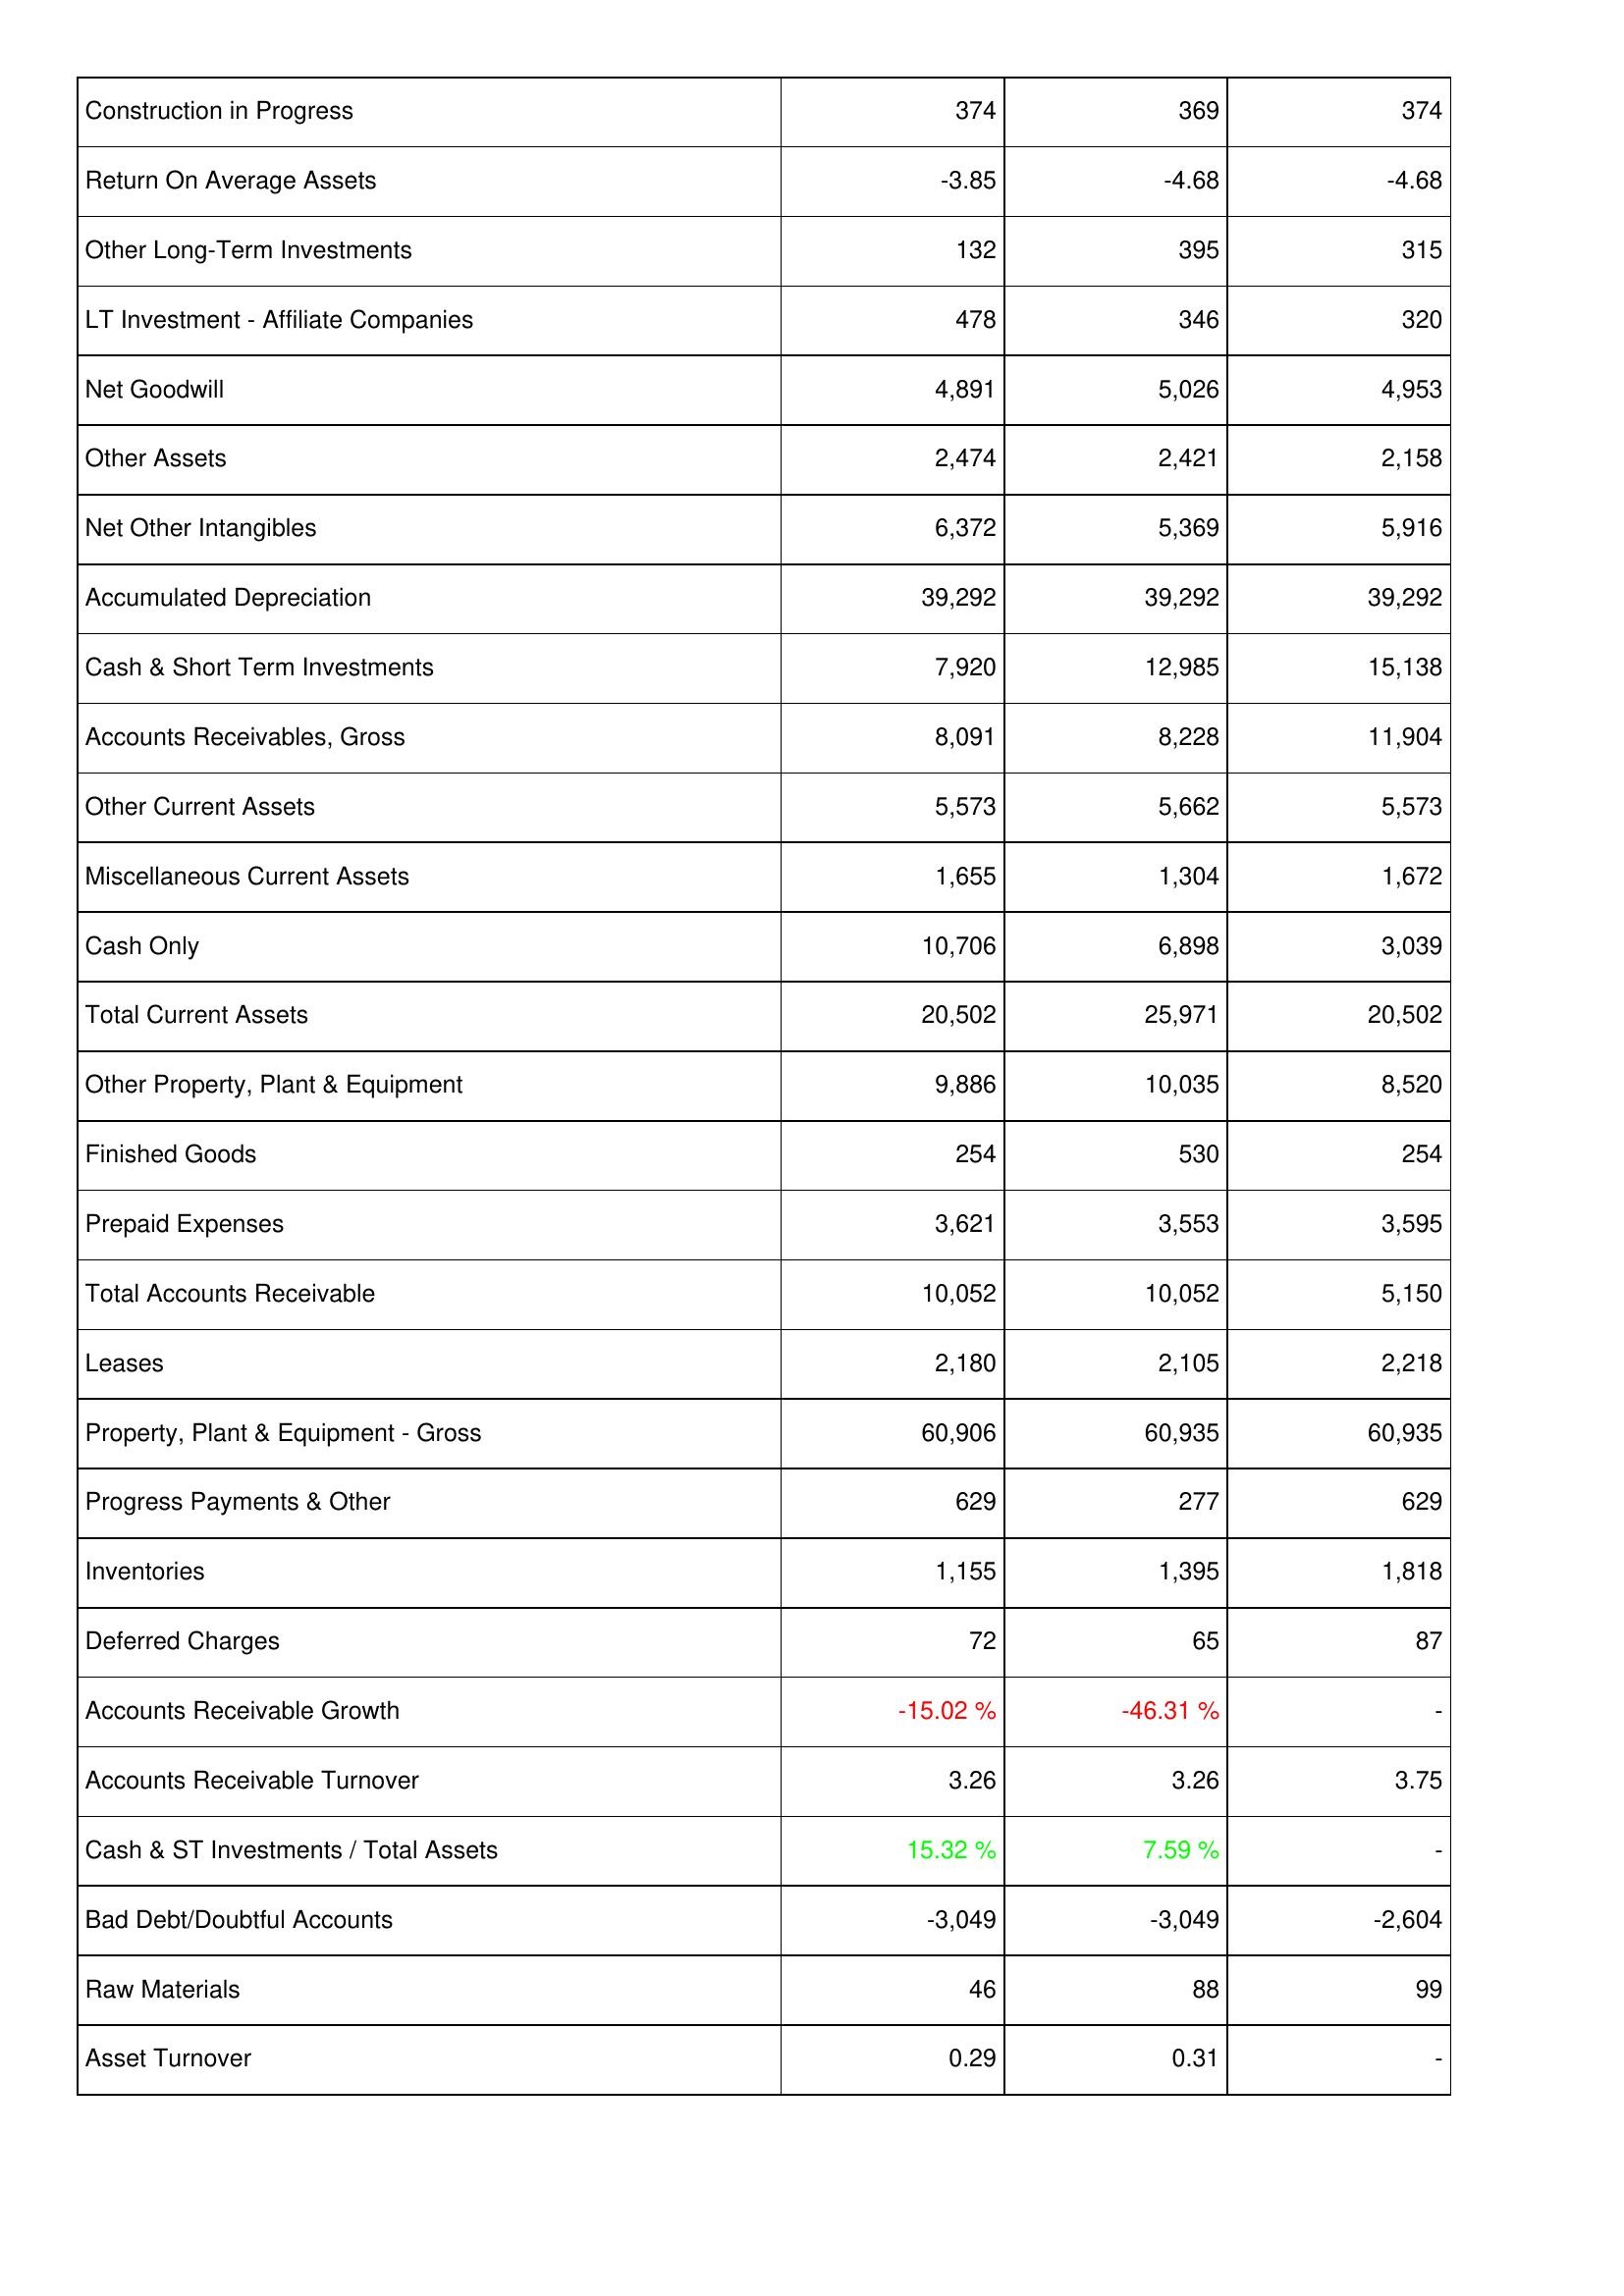
2012: Assets: Construction in Progress: 374
Return On Average Assets: -3.85
Other Long-Term Investments: 132
LT Investment - Affiliate Companies: 478
Net Goodwill: 4,891
Other Assets: 2,474
Net Other Intangibles: 6,372
Accumulated Depreciation: 39,292
Cash & Short Term Investments: 7,920
Accounts Receivables, Gross: 8,091
Other Current Assets: 5,573
Miscellaneous Current Assets: 1,655
Cash Only: 10,706
Total Current Assets: 20,502
Other Property, Plant & Equipment: 9,886
Finished Goods: 254
Prepaid Expenses: 3,621
Total Accounts Receivable: 10,052
Leases: 2,180
Property, Plant & Equipment - Gross: 60,906
Progress Payments & Other: 629
Inventories: 1,155
Deferred Charges: 72
Accounts Receivable Growth: -15.02 %
Accounts Receivable Turnover: 3.26
Cash & ST Investments / Total Assets: 15.32 %
Bad Debt/Doubtful Accounts: -3,049
Raw Materials: 46
Asset Turnover: 0.29
2013: Assets: Construction in Progress: 369
Return On Average Assets: -4.68
Other Long-Term Investments: 395
LT Investment - Affiliate Companies: 346
Net Goodwill: 5,026
Other Assets: 2,421
Net Other Intangibles: 5,369
Accumulated Depreciation: 39,292
Cash & Short Term Investments: 12,985
Accounts Receivables, Gross: 8,228
Other Current Assets: 5,662
Miscellaneous Current Assets: 1,304
Cash Only: 6,898
Total Current Assets: 25,971
Other Property, Plant & Equipment: 10,035
Finished Goods: 530
Prepaid Expenses: 3,553
Total Accounts Receivable: 10,052
Leases: 2,105
Property, Plant & Equipment - Gross: 60,935
Progress Payments & Other: 277
Inventories: 1,395
Deferred Charges: 65
Accounts Receivable Growth: -46.31 %
Accounts Receivable Turnover: 3.26
Cash & ST Investments / Total Assets: 7.59 %
Bad Debt/Doubtful Accounts: -3,049
Raw Materials: 88
Asset Turnover: 0.31
2014: Assets: Construction in Progress: 374
Return On Average Assets: -4.68
Other Long-Term Investments: 315
LT Investment - Affiliate Companies: 320
Net Goodwill: 4,953
Other Assets: 2,158
Net Other Intangibles: 5,916
Accumulated Depreciation: 39,292
Cash & Short Term Investments: 15,138
Accounts Receivables, Gross: 11,904
Other Current Assets: 5,573
Miscellaneous Current Assets: 1,672
Cash Only: 3,039
Total Current Assets: 20,502
Other Property, Plant & Equipment: 8,520
Finished Goods: 254
Prepaid Expenses: 3,595
Total Accounts Receivable: 5,150
Leases: 2,218
Property, Plant & Equipment - Gross: 60,935
Progress Payments & Other: 629
Inventories: 1,818
Deferred Charges: 87
Accounts Receivable Growth: -
Accounts Receivable Turnover: 3.75
Cash & ST Investments / Total Assets: -
Bad Debt/Doubtful Accounts: -2,604
Raw Materials: 99
Asset Turnover: -